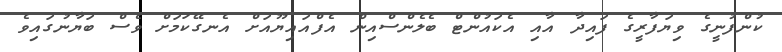
ކުންފުނީގެ ވިޔަފާރީގެ ފައިދާ އާއި އެކައުންޓް ބެލެންސްއިން އެފްއައިޔޫއަށް އެނގޭކަމަށް ވެސް ބަޔާނުގައިވެ